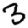
Digit: 3